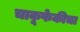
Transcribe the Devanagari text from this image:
चाकूफेकीचा